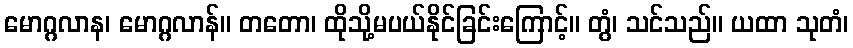
မောဂ္ဂလာန၊ မောဂ္ဂလာန်။ တတော၊ ထိုသို့မပယ်နိုင်ခြင်းကြောင့်။ တွံ၊ သင်သည်။ ယထာ သုတံ၊